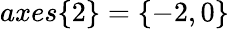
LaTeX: axes\{ 2\} =\{ -2,0\}